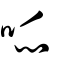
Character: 哌